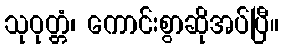
သုဝုတ္တံ၊ ကောင်းစွာဆိုအပ်ပြီ။